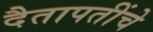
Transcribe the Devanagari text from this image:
दैतापतींचे